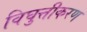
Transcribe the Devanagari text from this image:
विघुत्तीकरण